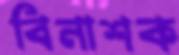
বিনাশক